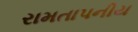
રામતાપનીય